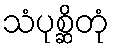
သံပုစ္ဆိတုံ